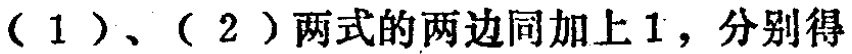
（1）、（2）两式的两边同加上 1，分别得